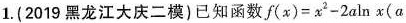
1.(2019黑龙江大庆二模)已知函数$$f(x)=x^{2}-2aln x(a$$